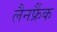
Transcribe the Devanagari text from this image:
लैनफ्रैंक